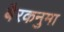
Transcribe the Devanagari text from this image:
बैरकनुमा